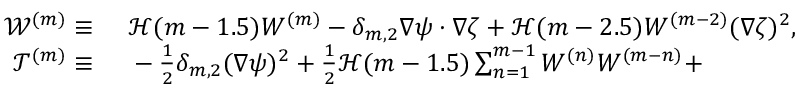
\begin{array} { r l } { \mathcal { W } ^ { ( m ) } \equiv ~ } & { { } \mathcal { H } ( m - 1 . 5 ) W ^ { ( m ) } - \delta _ { m , 2 } \nabla \psi \cdot \nabla \zeta + \mathcal { H } ( m - 2 . 5 ) W ^ { ( m - 2 ) } ( \nabla \zeta ) ^ { 2 } , } \\ { \mathcal { T } ^ { ( m ) } \equiv ~ } & { { } - \frac { 1 } { 2 } \delta _ { m , 2 } ( \nabla \psi ) ^ { 2 } + \frac { 1 } { 2 } \mathcal { H } ( m - 1 . 5 ) \sum _ { n = 1 } ^ { m - 1 } W ^ { ( n ) } W ^ { ( m - n ) } + } \end{array}